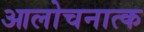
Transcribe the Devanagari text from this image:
आलोचनात्क